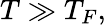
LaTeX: T\gg T_{F},